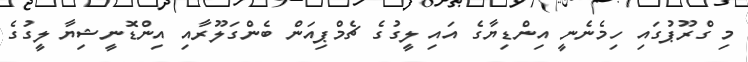
މި ގްރޫޕުގައި ހިމެނެނީ އިންޑިޔާގެ އައި ލީގުގެ ޗެމްޕިއަން ބެންގަލޫރާއި އިންޑޮނީޝިޔާ ލީގުގެ